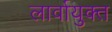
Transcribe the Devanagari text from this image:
लार्वायुक्त